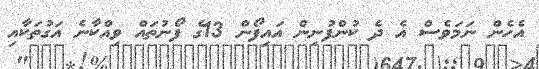
އެހެން ނަމަވެސް އެ ދެ ކުންފުނިން އައިފޯން 13ގެ ފޯނުތައް ވިއްކާނެ އަގުތަކާއި